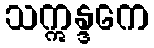
သဣန္ဒကေ